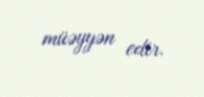
müəyyən edir.